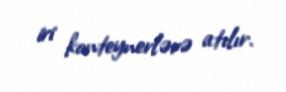
iri konteynerlərə atılır.